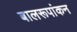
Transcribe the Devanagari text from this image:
बालरूपांकन